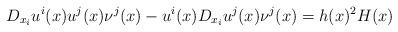
LaTeX: \begin{align*}D_{x_i} u^i(x) u^j(x) \nu^j(x)- u^i(x) D_{x_i} u^j(x) \nu^j(x)&=h(x)^2 H(x)\end{align*}